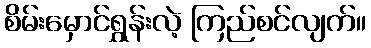
စိမ်းမှောင်ရွှန်းလဲ့ ကြည်စင်လျက်။